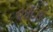
૨૪૮૩